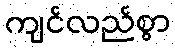
ကျင်လည်စွာ